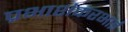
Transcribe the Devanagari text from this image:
प्रभाशंकरभाई